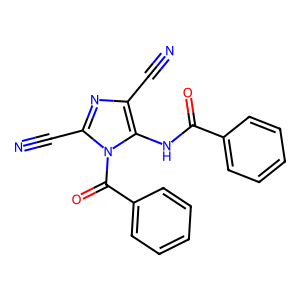
SMILES: N#Cc1nc(C#N)n(C(=O)c2ccccc2)c1NC(=O)c1ccccc1
Inhibits HIV replication: No